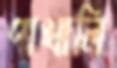
পাখালি